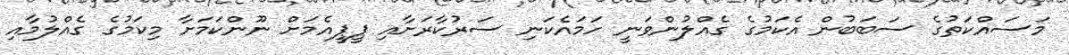
މަސައްކަތުގެ ސަބަބުން އެކަމުގެ ގެއްލުންވަނީ ހަމައެކަނި ސަރުކާރަށާއި ޕީޕީއެމަށް ނޫންކަމަށާ މިކަމުގެ ގެއްލުމާއި